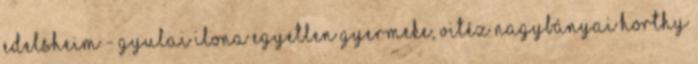
Edelsheim - Gyulai Ilona egyetlen gyermeke, vitéz nagybányai Horthy